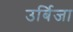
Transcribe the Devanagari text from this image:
उर्बिजा